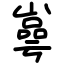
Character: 㠋